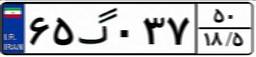
۶۵گ۰۳۷۵۰